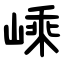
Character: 嵊